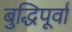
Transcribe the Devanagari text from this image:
बुद्धिपूर्वा